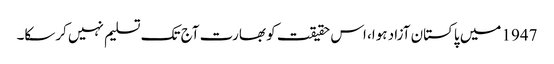
1947 میں پاکستان آزاد ہوا، اس حقیقت کو بھارت آج تک تسلیم نہیں کرسکا۔